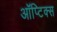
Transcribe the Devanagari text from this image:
ऑप्टिक्‍स